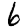
Digit: 6